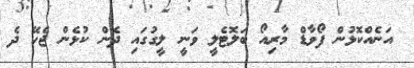
އަނެއްކޮޅުން ފޯވާޑް މާރިއޯ ބަލޮޓެލީ ވަނީ ލީގުގައި ދެން ކުޅެން ޖެހޭ ދެ